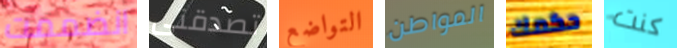
انضممت تصدقنى التواضع المواطن حكمك كنت